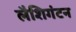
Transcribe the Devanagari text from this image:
लैशिगंटन